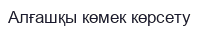
Алғашқы көмек көрсету